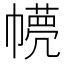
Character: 𢅘